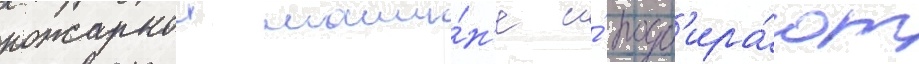
пожарнои маши́н'е и́ подб'ира́ют